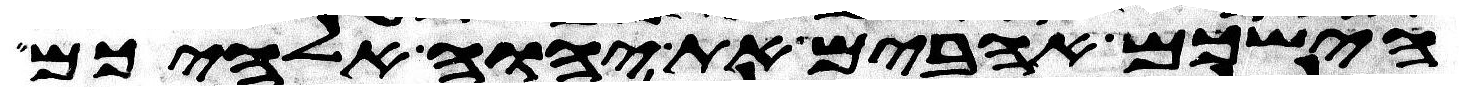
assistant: הישכם אהבים את יהוה אלהיכם